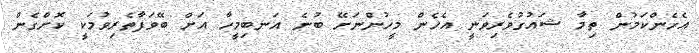
އެހެންކަމުން ތިމާ ޝައުގުވެރިވަނީ އެހެން މީހުންނަށޭ ބުނެ އަނބިމީހާ އަށް ބޭވަފާތެރިވުމަކީ ކޮށްގެން